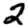
Digit: 2